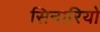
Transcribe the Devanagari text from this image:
सिनारियो